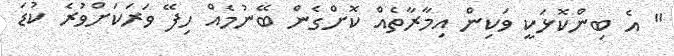
" އެ ބިންކޮޅަކީ ވަކިން އިމާރާތެއް ކޮށްގެން ބޭނުމެއް ހިފޭ ވަރަކަށްވުރެ ކުޑަ